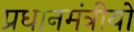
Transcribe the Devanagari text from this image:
प्रधानमंत्रीयों